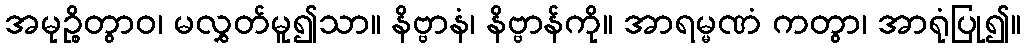
အမုဉ္စိတွာဝ၊ မလွှတ်မူ၍သာ။ နိဗ္ဗာနံ၊ နိဗ္ဗာန်ကို။ အာရမ္မဏံ ကတွာ၊ အာရုံပြု၍။